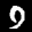
Label: 9